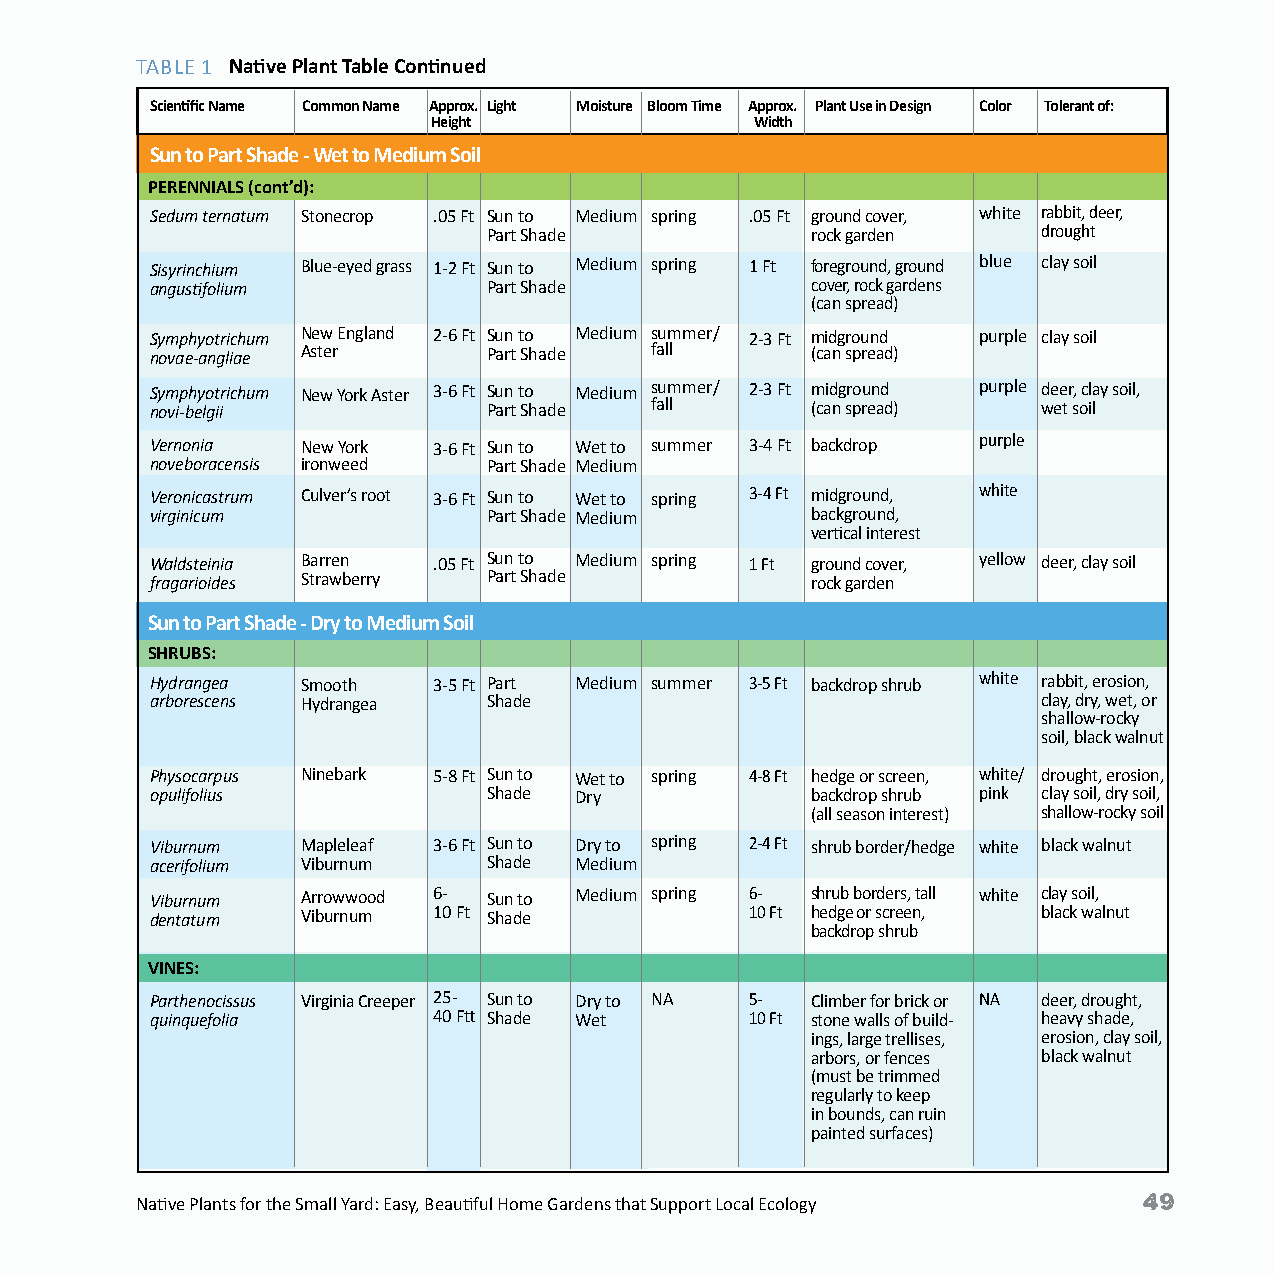
TABLE 1 Native Plant Table Continued
 Scientific Name Common Name Approx. Light Moisture Bloom Time Approx. Plant Use in Design Color Tolerant of:
 Height               Width
 Sun to Part Shade - Wet to Medium Soil
 PERENNIALS (cont’d):
 Sedum ternatum Stonecrop .05 Ft Sun to Medium spring .05 Ft ground cover, white rabbit, deer,
 Part Shade            rock garden    drought
 Sisyrinchium Blue-eyed grass 1-2 Ft Sun to Medium spring 1 Ft foreground, ground blue clay soil
 angustifolium         Part Shade            cover, rock gardens
 (can spread)
 Symphyotrichum New England 2-6 Ft Sun to Medium summer/ 2-3 Ft midground purple clay soil
 novae-angliae Aster   Part Shade fall       (can spread)
 Symphyotrichum New York Aster 3-6 Ft Sun to Medium summer/ 2-3 Ft midground purple deer, clay soil,
 novi-belgii           Part Shade fall       (can spread)   wet soil
 Vernonia  New York 3-6 Ft Sun to Wet to summer 3-4 Ft backdrop purple
 noveboracensis ironweed Part Shade Medium
 Veronicastrum Culver’s root 3-6 Ft Sun to Wet to spring 3-4 Ft midground, white
 virginicum            Part Shade Medium     background,
 vertical interest
 Waldsteinia Barren .05 Ft Sun to Medium spring 1 Ft ground cover, yellow deer, clay soil
 fragarioides Strawberry Part Shade          rock garden  for hot, dry areas)
 Sun to Part Shade - Dry to Medium Soil
 SHRUBS:
 Hydrangea Smooth   3-5 Ft Part Medium summer 3-5 Ft backdrop shrub white rabbit, erosion,
 arborescens Hydrangea Shade                                clay, dry, wet, or
 shallow-rocky
 soil, black walnut
 Physocarpus Ninebark 5-8 Ft Sun to Wet to spring 4-8 Ft hedge or screen, white/ drought, erosion,
 opulifolius           Shade Dry             backdrop shrub pink clay soil, dry soil,
 (all season interest) shallow-rocky soil
 Viburnum  Mapleleaf 3-6 Ft Sun to Dry to spring 2-4 Ft shrub border/hedge white black walnut
 acerifolium Viburnum  Shade Medium
 Viburnum  Arrowwood 6- Sun to Medium spring 6- shrub borders, tall white clay soil,
 dentatum  Viburnum 10 Ft Shade          10 Ft hedge or screen, black walnut
 backdrop shrub
 VINES:
 Parthenocissus Virginia Creeper 25- Sun to Dry to NA 5- Climber for brick or NA deer, drought,
 quinquefolia       40 Ftt Shade Wet     10 Ft stone walls of build- heavy shade,
 ings, large trellises, erosion, clay soil,
 arbors, or fences black walnut
 (must be trimmed
 regularly to keep
 in bounds, can ruin
 painted surfaces)
 49
 Native Plants for the Small Yard: Easy, Beautiful Home Gardens that Support Local Ecology Native Plants for the Small Yard: Easy, Beautiful Home Gardens that Support Local Ecology